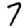
Digit: 7